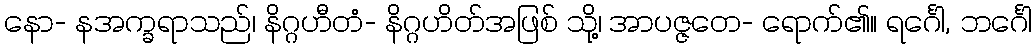
နော- နအက္ခရာသည်၊ နိဂ္ဂဟီတံ- နိဂ္ဂဟိတ်အဖြစ် သို့၊ အာပဇ္ဇတေ- ရောက်၏။ ရင်္ဂေါ, ဘင်္ဂေါ